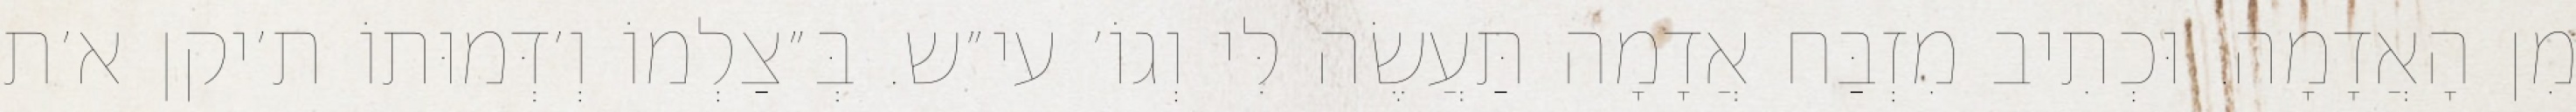
מִן הָאֲדָמָה. וּכְתִיב מִזְבַּח אֲדָמָה תַּעֲשֶׂה לִּי וְגוֹ׳ עי״ש. בְּ״צַלְמוֹ וְ׳דְּמוּתוֹ ת׳יקן א׳ת